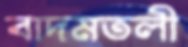
বাদমতলী